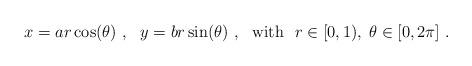
LaTeX: \begin{align*} x=ar\cos(\theta)\ ,\ \ y=br\sin(\theta)\ ,\ \ \mbox{with}\ \ r \in [0,1),\; \theta \in [0, 2\pi]\ .\end{align*}